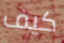
كيف